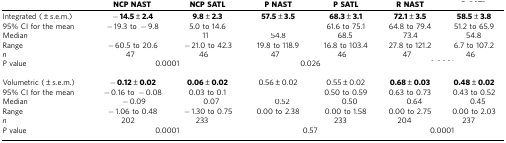
<table><thead><tr><td>[EMPTY_CELL]</td><td><b>NCP NAST</b></td><td><b>NCP SATL</b></td><td><b>P NAST</b></td><td><b>P SATL</b></td><td><b>R NAST</b></td><td>[EMPTY_CELL]</td></tr></thead><tbody><tr><td>Integrated (±s.e.m.)</td><td><b>−14.5±2.4</b></td><td><b>9.8±2.3</b></td><td><b>57.5±3.5</b></td><td><b>68.3±3.1</b></td><td><b>72.1±3.5</b></td><td><b>58.5±3.8</b></td></tr><tr><td>95% CI for the mean</td><td>−19.3 to −9.8</td><td>5.0 to 14.6</td><td>[EMPTY_CELL]</td><td>61.6 to 75.1</td><td>64.8 to 79.4</td><td>51.2 to 65.9</td></tr><tr><td>Median</td><td>[EMPTY_CELL]</td><td>11</td><td>54.8</td><td>68.5</td><td>73.4</td><td>54.8</td></tr><tr><td>Range</td><td>−60.5 to 20.6</td><td>−21.0 to 42.3</td><td>19.8 to 118.9</td><td>16.8 to 103.4</td><td>27.8 to 121.2</td><td>6.7 to 107.2</td></tr><tr><td><i>n</i></td><td>47</td><td>46</td><td>47</td><td>46</td><td>47</td><td>46</td></tr><tr><td><i>P</i> value</td><td colspan="2">0.0001</td><td colspan="2">0.026</td><td colspan="2">[EMPTY_CELL]</td></tr><tr><td>[EMPTY_CELL]</td><td>[EMPTY_CELL]</td><td>[EMPTY_CELL]</td><td>[EMPTY_CELL]</td><td>[EMPTY_CELL]</td><td>[EMPTY_CELL]</td><td>[EMPTY_CELL]</td></tr><tr><td>Volumetric (±s.e.m.)</td><td><b>−0.12±0.02</b></td><td><b>0.06±0.02</b></td><td>0.56±0.02</td><td>0.55±0.02</td><td><b>0.68±0.03</b></td><td><b>0.48±0.02</b></td></tr><tr><td>95% CI for the mean</td><td>−0.16 to −0.08</td><td>0.03 to 0.1</td><td>[EMPTY_CELL]</td><td>0.50 to 0.59</td><td>0.63 to 0.73</td><td>0.43 to 0.52</td></tr><tr><td>Median</td><td>−0.09</td><td>0.07</td><td>0.52</td><td>0.50</td><td>0.64</td><td>0.45</td></tr><tr><td>Range</td><td>−1.06 to 0.48</td><td>−1.30 to 0.75</td><td>0.00 to 2.38</td><td>0.00 to 1.58</td><td>0.00 to 2.75</td><td>0.00 to 2.03</td></tr><tr><td><i>n</i></td><td>202</td><td>233</td><td>[EMPTY_CELL]</td><td>233</td><td>204</td><td>237</td></tr><tr><td><i>P</i> value</td><td colspan="2">0.0001</td><td colspan="2">0.57</td><td colspan="2">0.0001</td></tr></tbody></table>